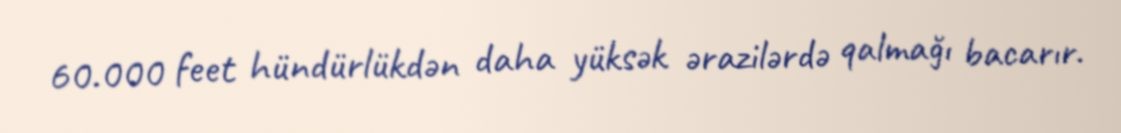
60.000 feet hündürlükdən daha yüksək ərazilərdə qalmağı bacarır.